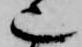
也